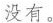
没有。